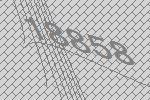
18858